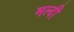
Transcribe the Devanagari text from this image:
मल्दी